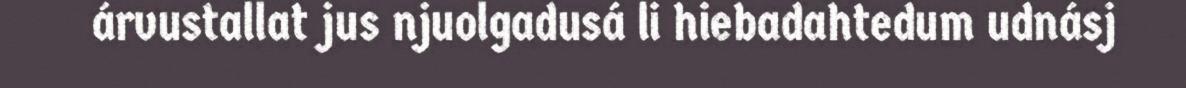
árvustallat jus njuolgadusá li hiebadahtedum udnásj